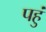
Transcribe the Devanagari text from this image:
पहुं